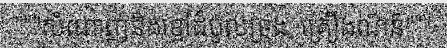
"""សំណាញ់និងខ្មៅដំបូលទ្រុង, គ្រឿងណ៍ន៍"""